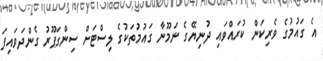
އެ ގައުމުގެ ވެރިކަން ކުރައްވައި ދުނިޔޭގެ ނަމޫނާ ގައުމުތަކުގެ ލިސްޓަށް ސިންގަޕޫރު ގެންދަވައިފަ